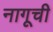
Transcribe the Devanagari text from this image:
नागूची